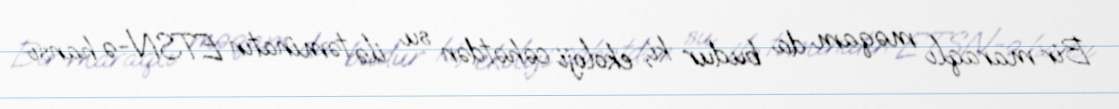
Bir maraqlı məqam da budur ki, ekoloji cəhətdən su ilə təminatın ETSN-ə hansı